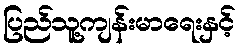
ပြည်သူ့ကျန်းမာရေးနှင့်